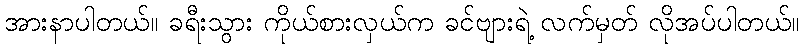
အားနာပါတယ်။ ခရီးသွား ကိုယ်စားလှယ်က ခင်ဗျားရဲ့ လက်မှတ် လိုအပ်ပါတယ်။